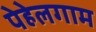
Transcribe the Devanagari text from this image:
पेहेलगाम